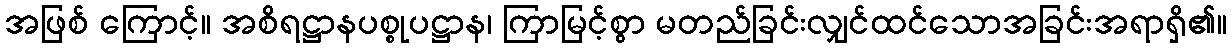
အဖြစ် ကြောင့်။ အစိရဋ္ဌာနပစ္စုပဋ္ဌာန၊ ကြာမြင့်စွာ မတည်ခြင်းလျှင်ထင်သောအခြင်းအရာရှိ၏။